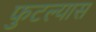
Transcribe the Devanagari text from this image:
फुटल्यास